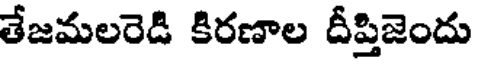
తేజమలరెడి కిరణాల దీప్తిజెందు